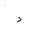
Letter: _dal